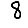
Digit: 8